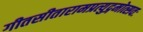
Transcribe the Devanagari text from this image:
गीतसीतारामप्रत्युद्गमोत्सवः